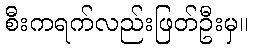
စီးကရက်လည်းဖြတ်ဦးမှ။